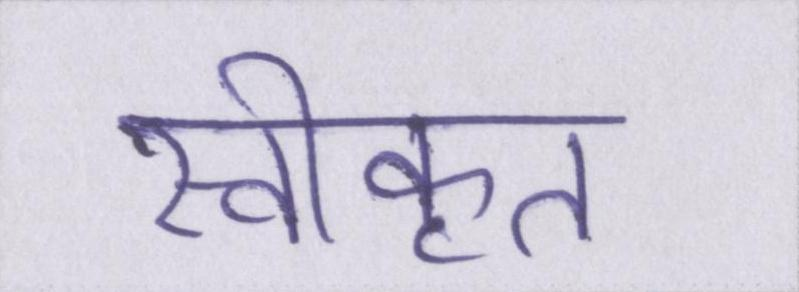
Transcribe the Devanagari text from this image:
स्वीकृत